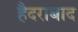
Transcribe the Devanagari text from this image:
हैैदराबाद